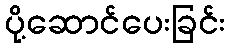
ပို့ဆောင်ပေးခြင်း